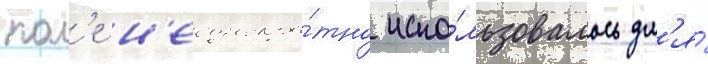
пол'е н'еоднокра́тно испо́льзовалось дл'я́